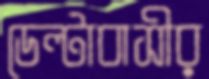
ডেল্টাবাসীর